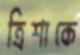
ত্রিশাকে